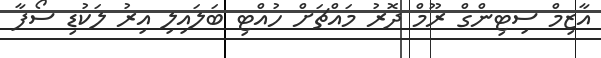
އާޒިމް ސިޓިންގް ރޫމް ދޮރު މައްޗަށް ހުއްޓި ބަލައިލި އިރު ލަކުޑި ސޯފާ